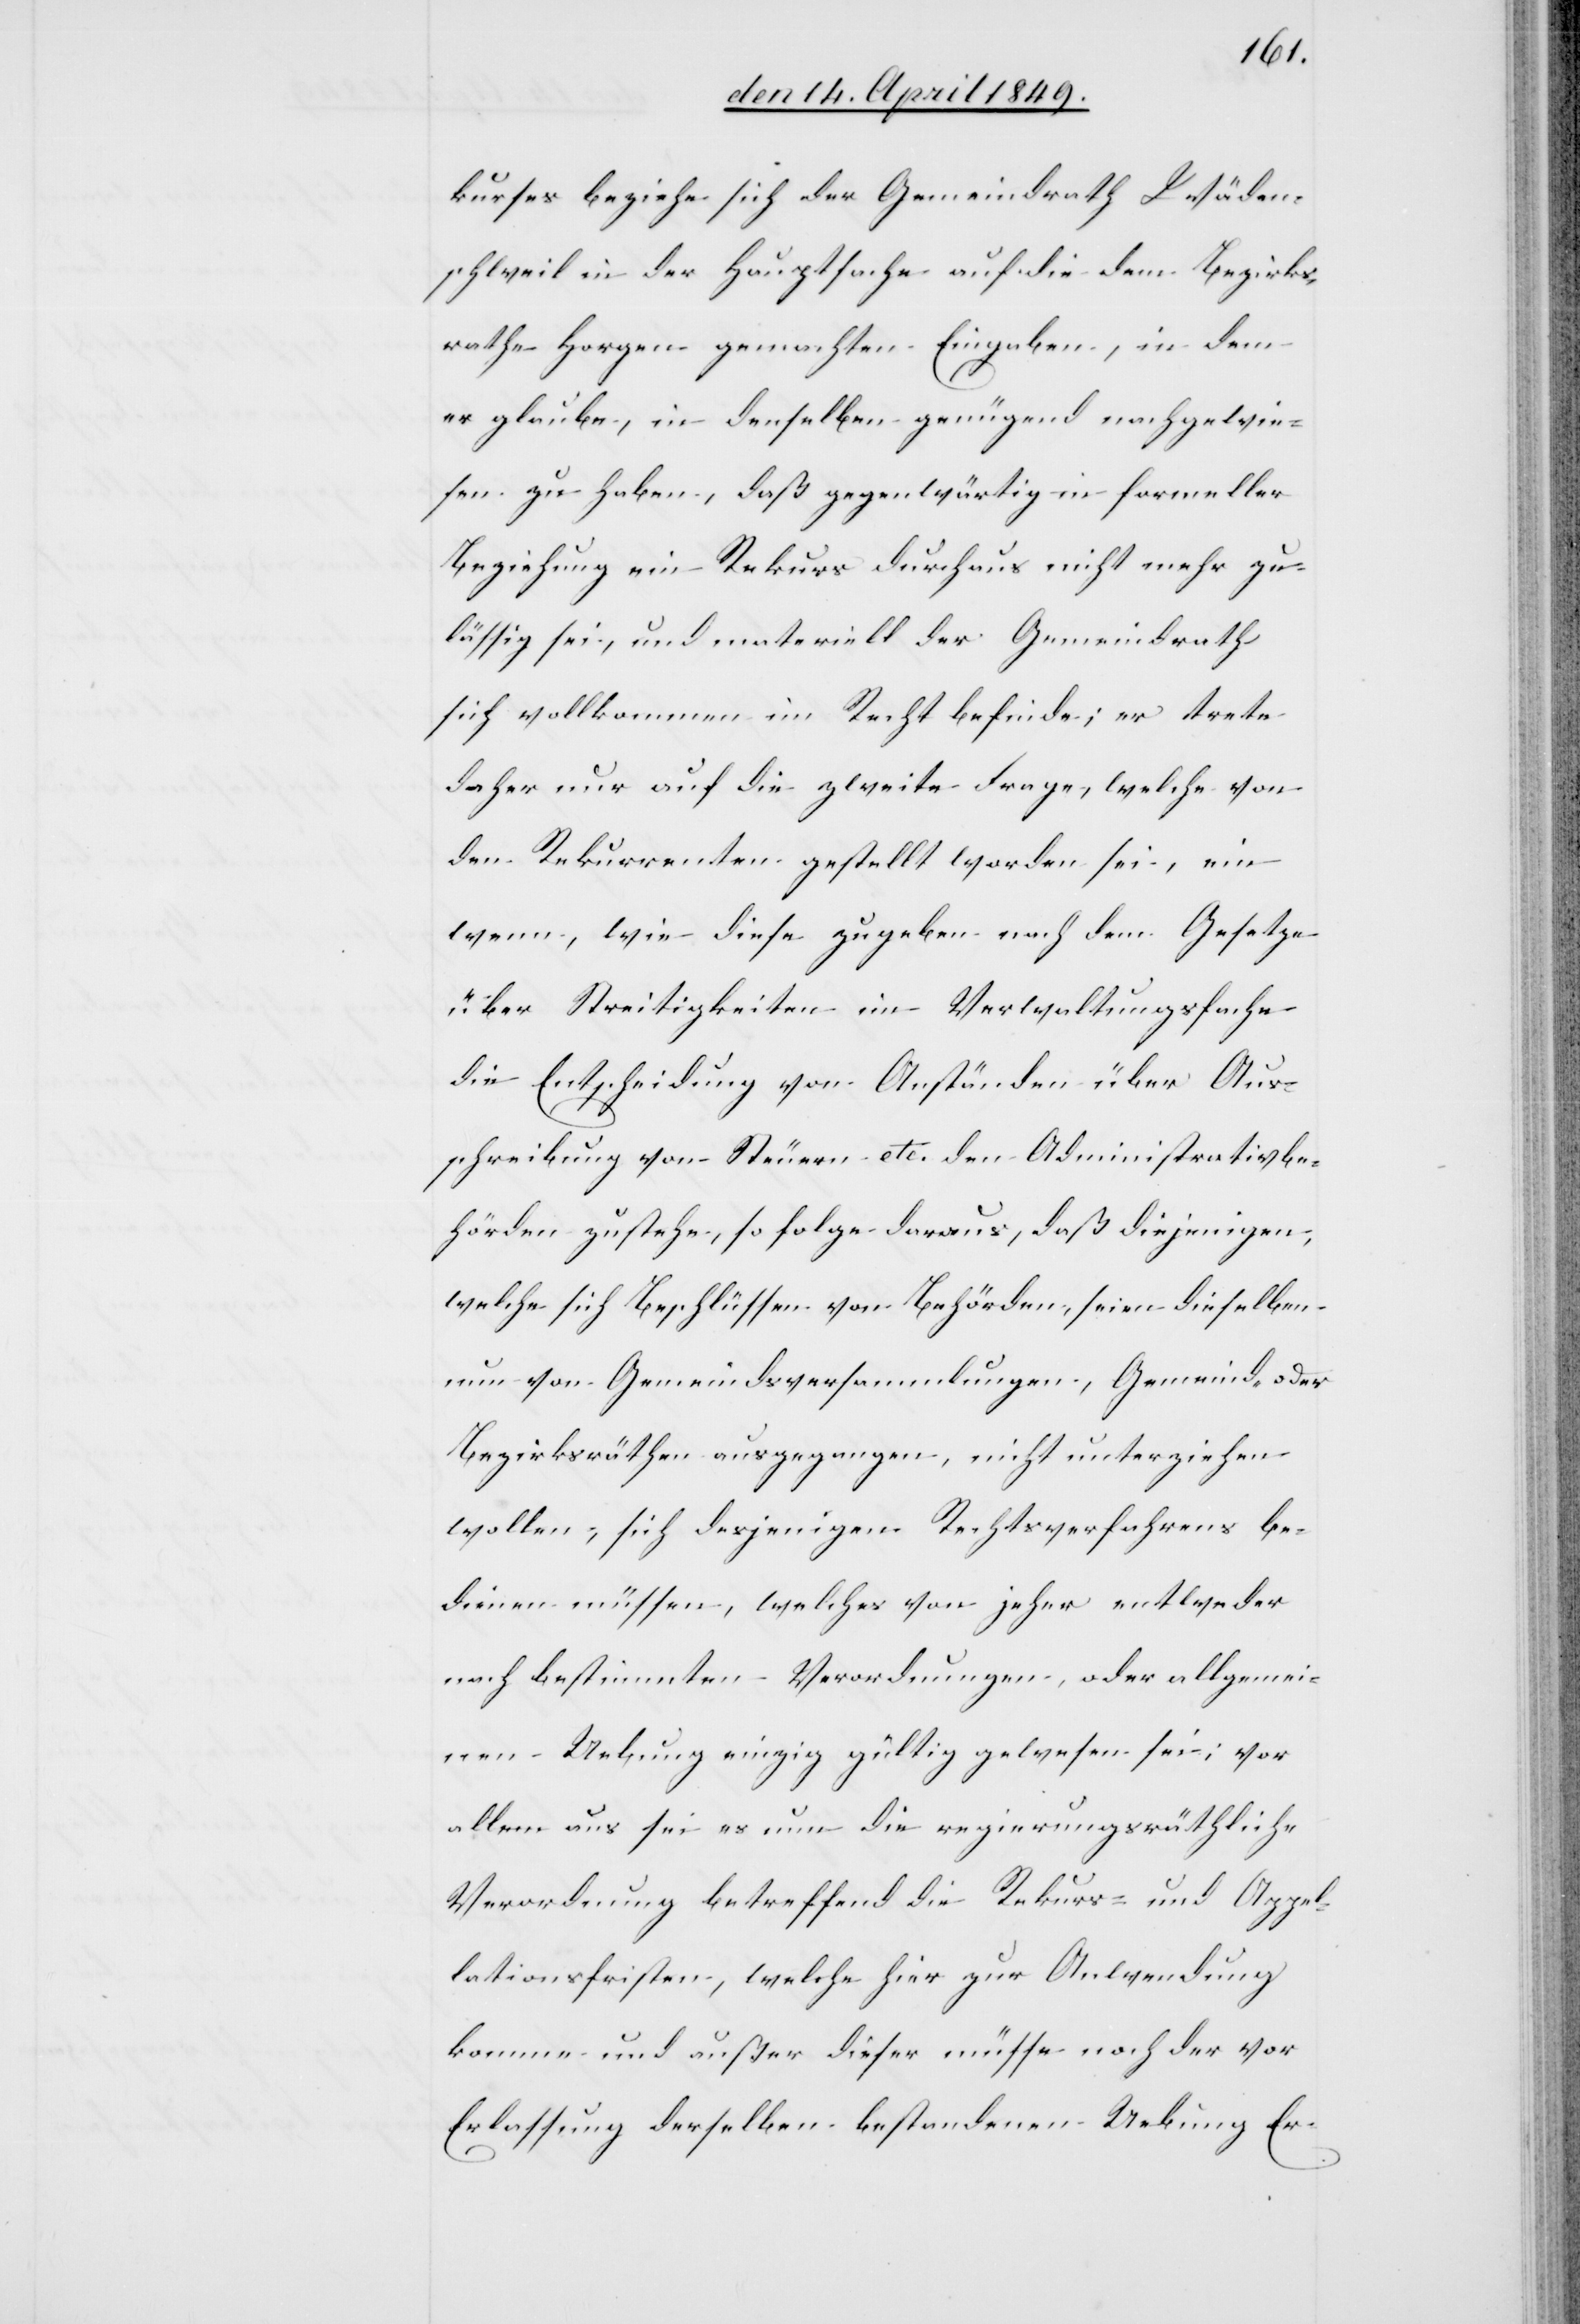
kurses beziehe sich der Gemeindrath Wäden¬
schweil in der Hauptsache auf die dem Bezirks¬
rathe Horgen gemachten Eingaben, in dem
er glaube, in denselben genügend nachgewie¬
sen zu haben, daß gegenwärtig in formeller
Beziehung ein Rekurs durchaus nicht mehr zu¬
lässig sei, und materiell der Gemeindrath
sich vollkommen im Recht befinde; er trete
daher nur auf die zweite Frage, welche von
den Rekurrenten gestellt worden sei, ein
wenn, wie diese zugeben nach dem Gesetze
über Streitigkeiten im Verwaltungsfache
die Entscheidung von Anständen über Aus¬
schreibung von Steuern etc. den Administrativbe¬
hörden zustehe, so folge daraus, daß diejenigen,
welche sich Beschlüssen von Behörden, seien dieselben
nun von Gemeindsversammlungen, Gemeind- oder
Bezirksräthen ausgegangen, nicht unterziehen
wollen, sich desjenigen Rechtsverfahrens be¬
dienen müssen, welches von jeher entweder
nach bestimmten Verordnungen, oder allgemei¬
nen Uebung einzig gültig gewesen sei; vor
allem aus sei nun die regierungsräthliche
Verordnung betreffend die Rekurs- und Appel¬
lationsfristen, welche hier zur Anwendung
komme und außer dieser müsse noch der vor
Erlassung derselben bestandenen Uebung Er-